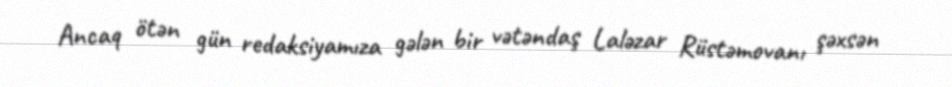
Ancaq ötən gün redaksiyamıza gələn bir vətəndaş Laləzar Rüstəmovanı şəxsən